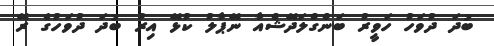
ބުދަ ދުވަހު ހަވީރު ބަންގްލަދޭޝްއާ ނޭޕާލު ކުޅޭ އިރު ބުދަ ދުވަހުގެ ރޭ